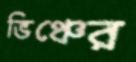
ভিঞ্চের